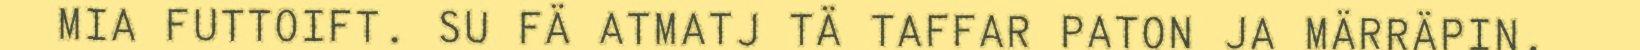
MIA FUTTOIFT. SU FÄ ATMATJ TÄ TAFFAR PATON JA MÄRRÄPIN,